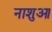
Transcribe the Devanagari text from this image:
नाशुआ